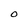
Character: 0